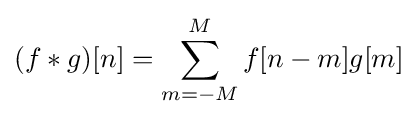
(f*g)[n]=\sum _{m=-M}^{M}f[n-m]g[m]